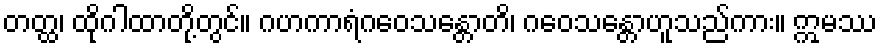
တတ္ထ၊ ထိုဂါထာတို့တွင်။ ဂဟကာရံဂဝေသန္တောတိ၊ ဂဝေသန္တောဟူသည်ကား။ ဣမဿ